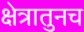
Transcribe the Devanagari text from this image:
क्षेत्रातुनच